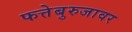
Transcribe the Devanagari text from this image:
फत्तेबुरुजावर